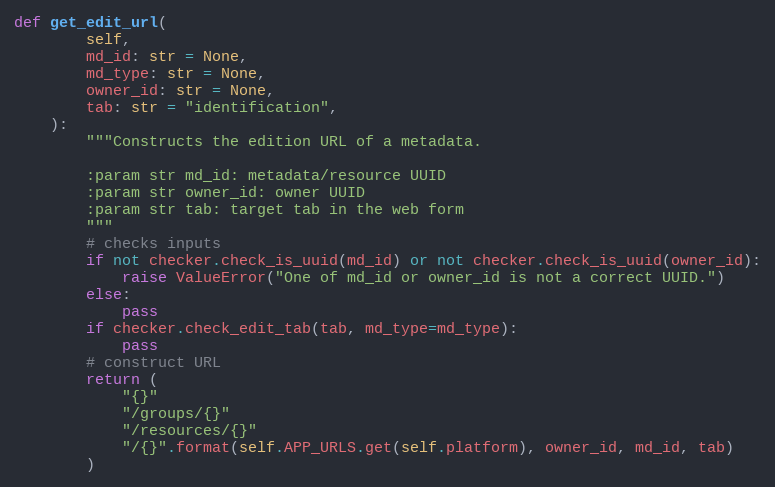
Language: Python
def get_edit_url(
        self,
        md_id: str = None,
        md_type: str = None,
        owner_id: str = None,
        tab: str = "identification",
    ):
        """Constructs the edition URL of a metadata.

        :param str md_id: metadata/resource UUID
        :param str owner_id: owner UUID
        :param str tab: target tab in the web form
        """
        # checks inputs
        if not checker.check_is_uuid(md_id) or not checker.check_is_uuid(owner_id):
            raise ValueError("One of md_id or owner_id is not a correct UUID.")
        else:
            pass
        if checker.check_edit_tab(tab, md_type=md_type):
            pass
        # construct URL
        return (
            "{}"
            "/groups/{}"
            "/resources/{}"
            "/{}".format(self.APP_URLS.get(self.platform), owner_id, md_id, tab)
        )